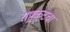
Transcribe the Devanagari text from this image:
राष्ट्रकूटचा